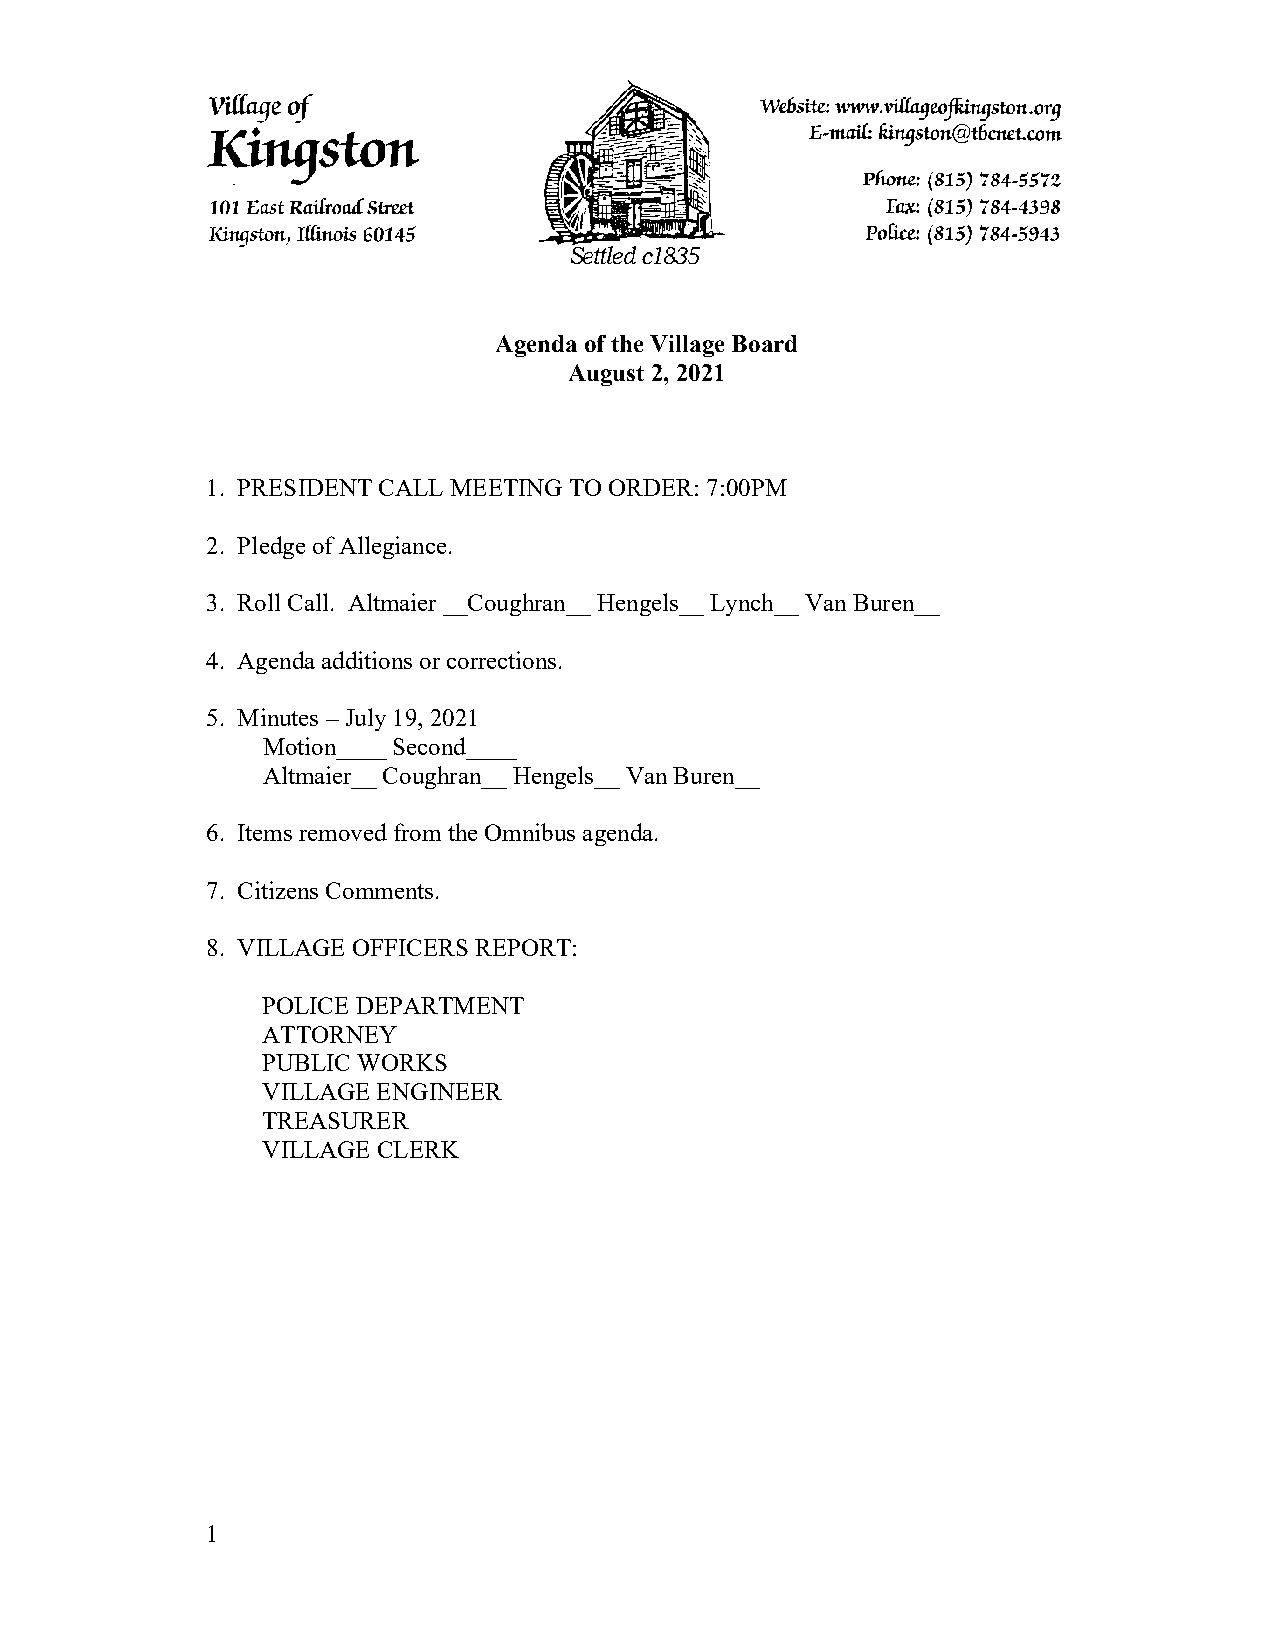
Agenda of the Village Board
 August 2, 2021
 1. PRESIDENT CALL MEETING TO ORDER: 7:00PM
 2. Pledge of Allegiance.
 3. Roll Call. Altmaier __Coughran__ Hengels__ Lynch__ Van Buren__
 4. Agenda additions or corrections.
 5. Minutes – July 19, 2021
 Motion____ Second____
 Altmaier__ Coughran__ Hengels__ Van Buren__
 6. Items removed from the Omnibus agenda.
 7. Citizens Comments.
 8. VILLAGE OFFICERS REPORT:
 POLICE DEPARTMENT
 ATTORNEY
 PUBLIC WORKS
 VILLAGE ENGINEER
 TREASURER
 VILLAGE CLERK
 1